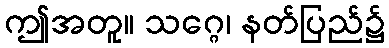
ဤအတူ။ သဂ္ဂေ၊ နတ်ပြည်၌